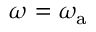
\omega = \omega _ { \mathrm { a } }